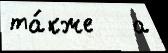
та́кже   а